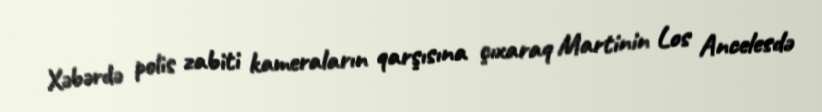
Xəbərdə polis zabiti kameraların qarşısına çıxaraq Martinin Los Ancelesdə